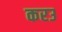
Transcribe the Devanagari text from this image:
करउ